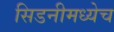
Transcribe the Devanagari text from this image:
सिडनीमध्येच